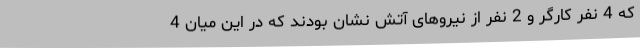
که 4 نفر کارگر و 2 نفر از نیروهای آتش نشان بودند که در این میان 4